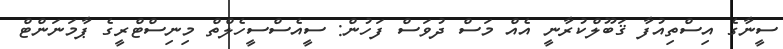
ސީނާގެ އިސްތިއުފާ ޤަބޫލްކުރާނީ އެއް މަސް ދުވަސް ފަހުން: ސީއެސްސީހެލްތް މިނިސްޓްރީގެ ޕާމަނަންޓް